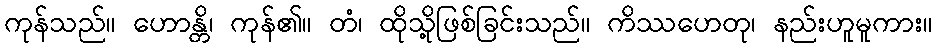
ကုန်သည်။ ဟောန္တိ၊ ကုန်၏။ တံ၊ ထိုသို့ဖြစ်ခြင်းသည်။ ကိဿဟေတု၊ နည်းဟူမူကား။